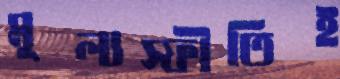
মূল্যস্ফীতিই